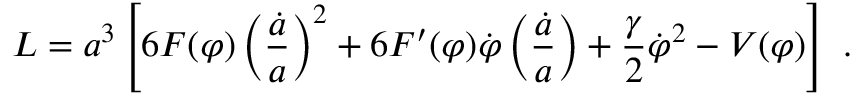
{ \cal L } = a ^ { 3 } \left[ 6 F ( \varphi ) \left( \frac { \dot { a } } { a } \right) ^ { 2 } + 6 F ^ { \prime } ( \varphi ) \dot { \varphi } \left( \frac { \dot { a } } { a } \right) + \frac { \gamma } { 2 } \dot { \varphi } ^ { 2 } - V ( \varphi ) \right] \ .